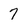
Character: 7